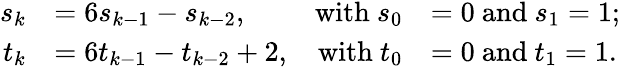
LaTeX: {\begin{array}{rlrl}{s_{k}}&{=6s_{k-1}-s_{k-2},}&{{\mathrm{with~}}s_{0}}&{=0{\mathrm{~and~}}s_{1}=1;}\\ {t_{k}}&{=6t_{k-1}-t_{k-2}+2,}&{{\mathrm{with~}}t_{0}}&{=0{\mathrm{~and~}}t_{1}=1.}\end{array}}